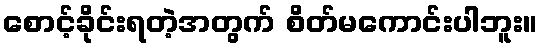
စောင့်ခိုင်းရတဲ့အတွက် စိတ်မကောင်းပါဘူး။